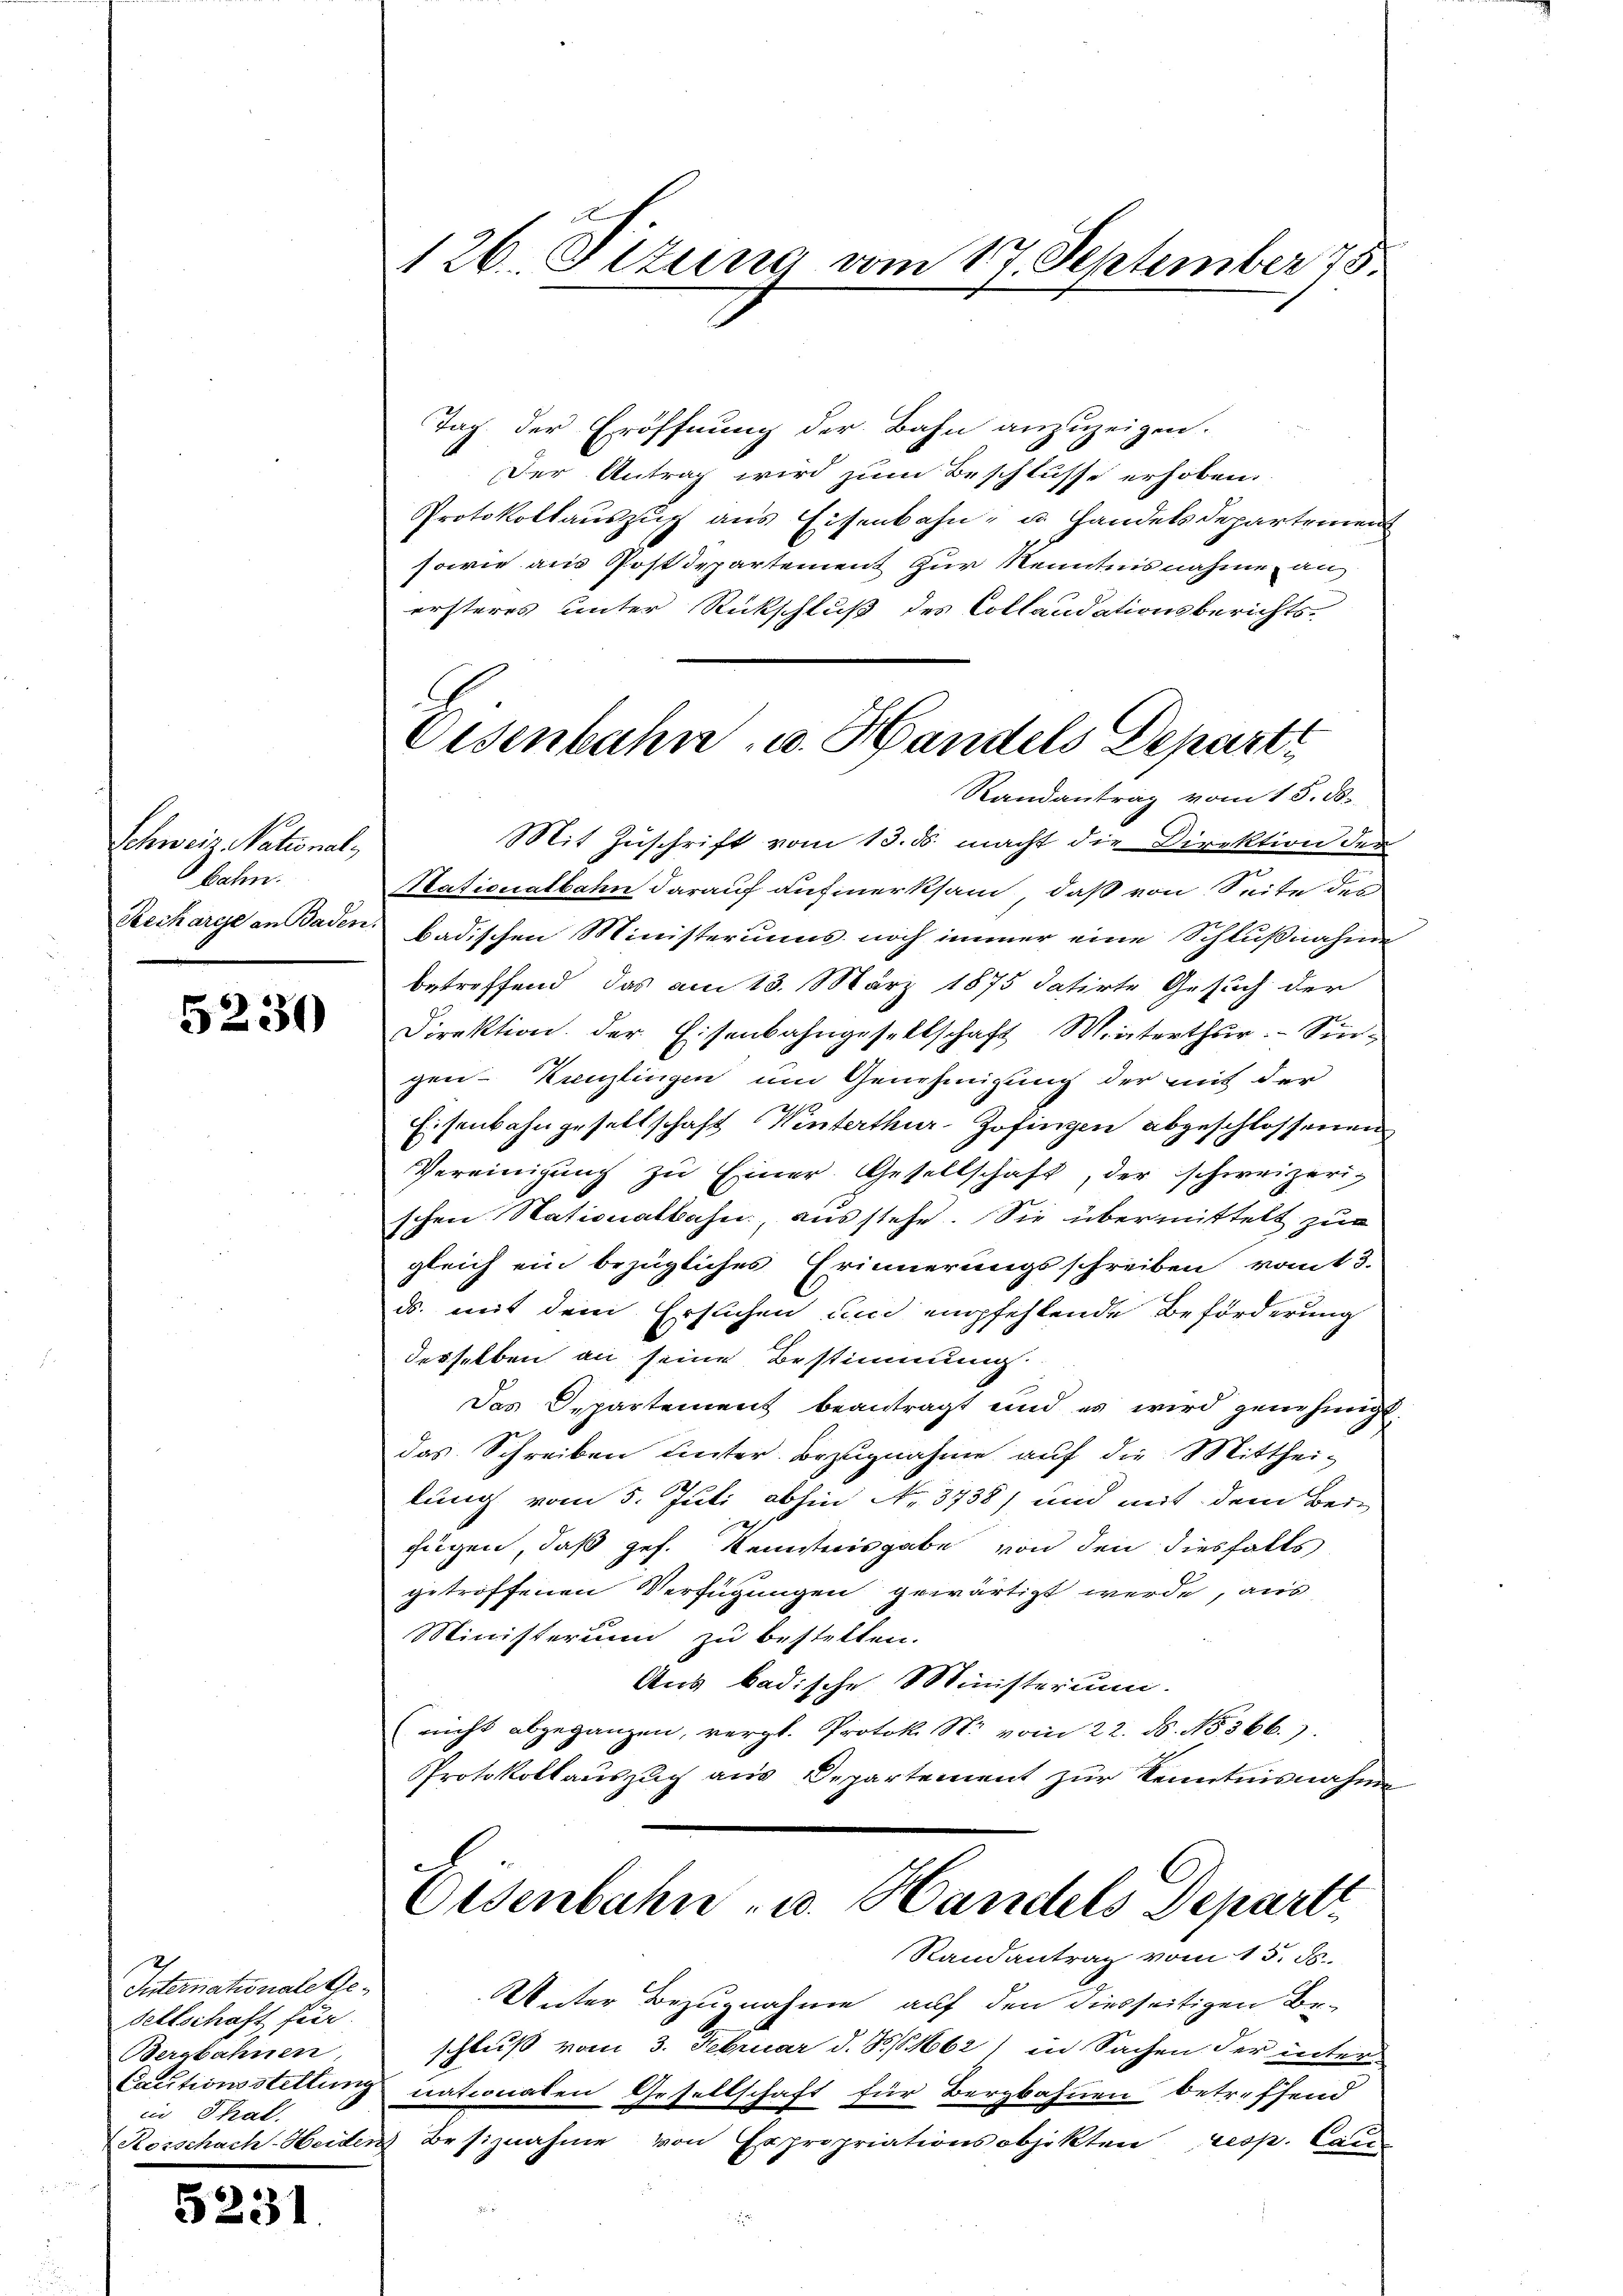
Schweiz. National,
bahn.
Recharije an Baden

5230

Internationale Gesellschaft für
Bergbahnen,
Cactionsstellung
in Thal.

5231

126. Setzung vom 17. September 75.

Eisenbahn u. Handels Departi

Tag der Eröffnung der Bahn anzuzeigen.
Der Antrag wird zum Beschlusse erhoben.
Protokollauszug aus Eisenbahn, u. Handels Departement
sowie aus Postdepartement zur Kenntnisnahme an
ersteres unter Rückschluß des Collaudationsberichts¬
Randantrag vom 15. ds.
Mit Zuschrift vom 13. ds. macht die Direktion der
Stationalbahn darauf aufmerksam, daß von Seite des
badischen Ministeriums noch immer eine Schlußnahme
betreffend, das am 13. März 1875 datirte Gesuch der
Direktion der Eisenbahngesellschaft Winterthur. Surgen-Kanzlingen um Genehmigung der mit der
Eisenbahngesellschaft Winterthur-Zofingen abgeschlossenen
Vereinigung zu Einer Gesellschaft, der schweizerischen Stationalbahn, ausstehe. Sie übermittelt zur
gleich ein bezügliches Erinnerungsschreiben vom 3.
ds. mit dem Ersuchen und empfehlende Beförderung
desselben an seine Bestimmung
Das Opartement beantragt und es wird genehmigt
das Schreiben Leiter Bezugnahme auf die Mitthei-
lung vom 5. Juli abhin No. 3738) und mit dem Bei-
fügen, daß gef. Kenntnisgabe von den diesfalls
getroffenen Verfügungen gewärtigt werde, aus
Ministerium zu bestellen.
Aus badische Ministerium.
nicht abgegangen, vergl. Protok. N. vom 22. ds. No 366.)
Protokollauszug aus Departement zur Kenntnisnahme
6
Eisenbahn- u. Handels Depart
Randantrag vom 15. d.
Unter Bezugnahme auf den diesseitigen Be-
schluß vom 3. Februar d. S. 162) in Sachen der inter
nationalen Gesellschaft für Bergbahnen betreffend
Rorschach-Heiden Besiznahme von Expropriationsobjekten resp. Cas